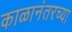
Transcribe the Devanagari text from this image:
काळानंतरच्या